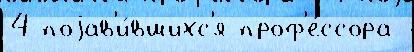
4 поjав'и́вшихс'я проф'е́ссора